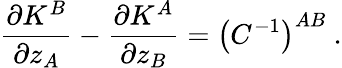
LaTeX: \frac{\partial K^{B}}{\partial z_{A}}-\frac{\partial K^{A}}{\partial z_{B}}=\left(C^{-1}\right)^{AB}\ .